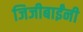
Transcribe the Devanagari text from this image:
जिजीबाईंनी